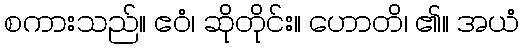
စကားသည်။ ဧဝံ၊ ဆိုတိုင်း။ ဟောတိ၊ ၏။ အယံ